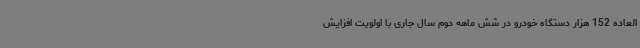
العاده 152 هزار دستگاه خودرو در شش ماهه دوم سال جاری با اولویت افزایش